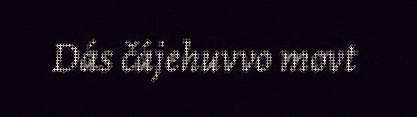
Dás čájehuvvo movt